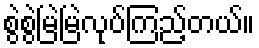
စွဲစွဲမြဲမြဲလုပ်ကြည့်တယ်။